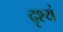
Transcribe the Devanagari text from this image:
दृश्यं